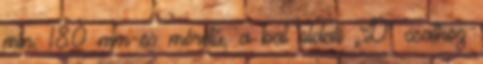
min. 180 mm-es méretû, a bal oldali „D” csathoz